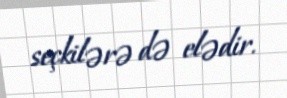
seçkilərə də elədir.